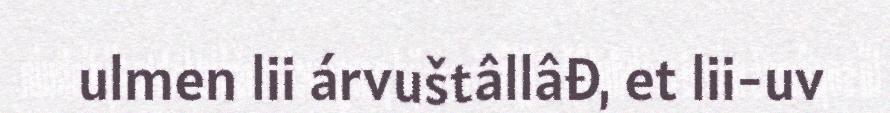
ulmen lii árvuštâllâđ, et lii-uv